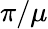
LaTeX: \pi/\mu